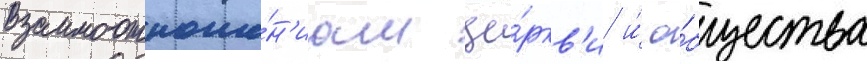
взаимоотноше́н'иам це́ркв'и и́ о́бщества